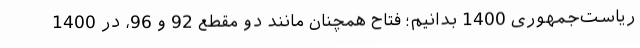
ریاست‌جمهوری 1400 بدانیم؛ فتاح همچنان مانند دو مقطع 92 و 96، در 1400